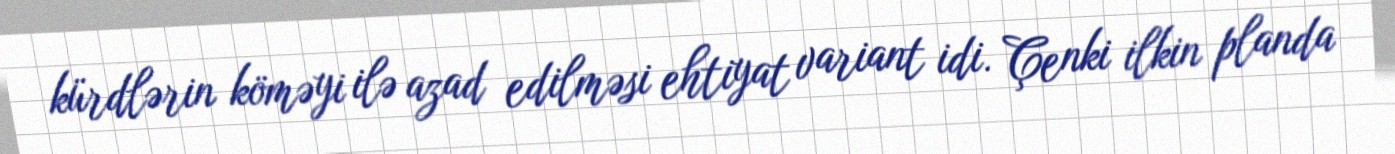
kürdlərin köməyi ilə azad edilməsi ehtiyat variant idi. Çenki ilkin planda